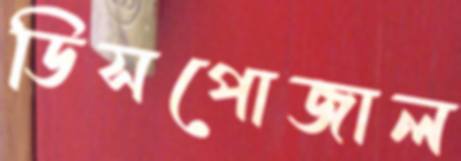
ডিসপোজাল